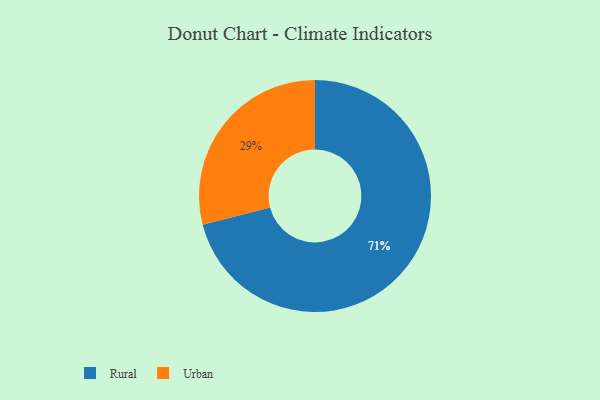
{"axis": {"x": "Category", "y": "Percentage"}, "legend": ["Rural", "Urban"], "data": [{"x": "Urban", "y": 29, "type": "Urban"}, {"x": "Rural", "y": 71, "type": "Rural"}]}